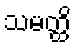
သမတ္ထိ